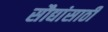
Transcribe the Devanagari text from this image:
सौद्यांसाठी